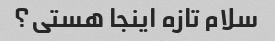
سلام تازه اینجا هستی؟